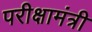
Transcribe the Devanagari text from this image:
परीक्षामंत्री